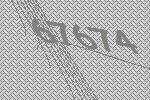
67674